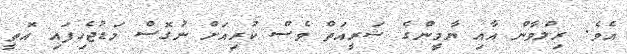
އެވެ. ރިލްވާން އާއި ޔާމީންގެ ޝަރީއަތް ވެސް ކުރިއަށް ނުގޮސް މަޑުޖެހިފައި އޮތީ